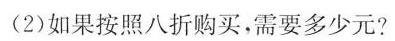
(2)如果按照八折购买，需要多少元?